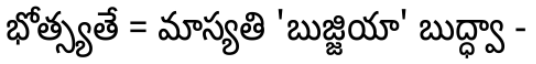
భోత్స్యతే = మాస్యతి 'బుజ్జియా' బుద్ధ్వా -